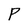
Character: P